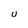
Character: U